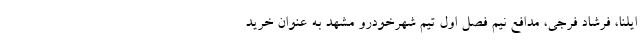
ایلنا، فرشاد فرجی، مدافع نیم فصل اول تیم شهرخودرو مشهد به عنوان خرید